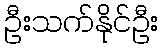
ဦးသက်နိုင်ဦး